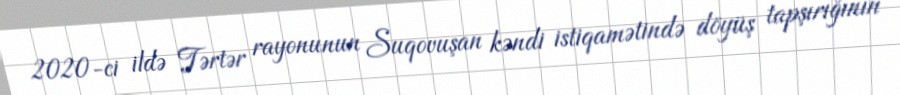
2020-ci ildə Tərtər rayonunun Suqovuşan kəndi istiqamətində döyüş tapşırığının